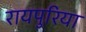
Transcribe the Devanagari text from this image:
रायपुरिया